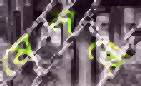
মেলছে